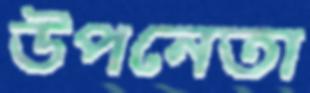
উপনেতা